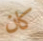
كان